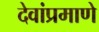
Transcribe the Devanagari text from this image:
देवांप्रमाणे